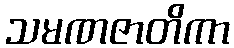
သမဏဇာတိကာ